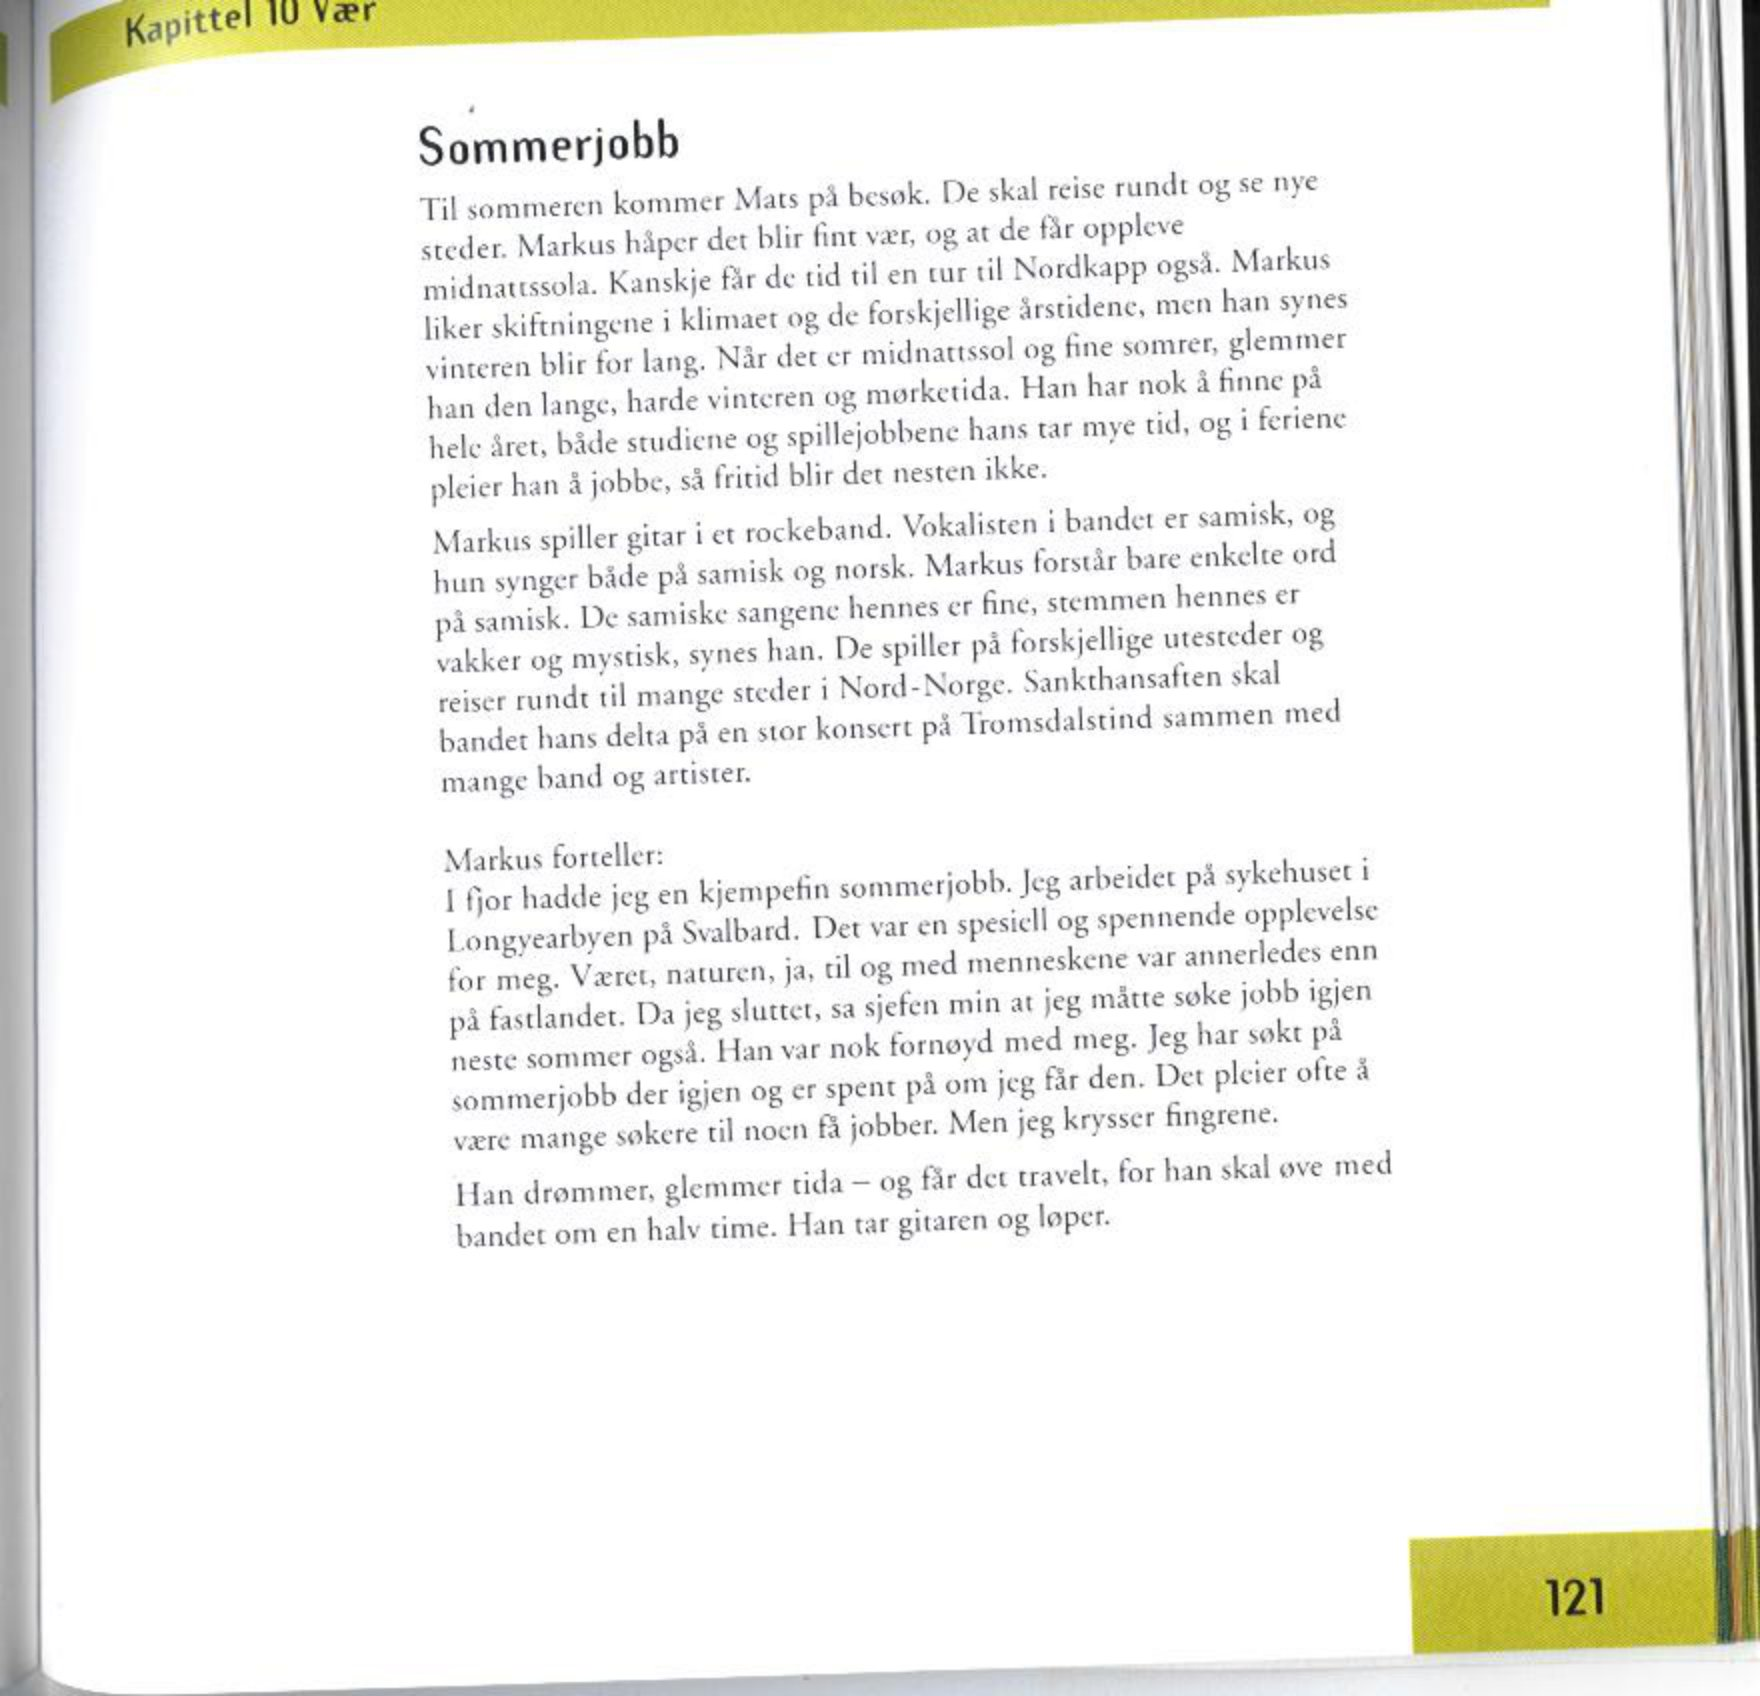
Language: no